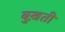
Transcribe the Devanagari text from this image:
बुख़ती